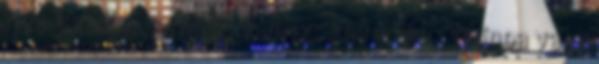
rizs jázmin, barna és vadrizs keveréke , quinoa vagy